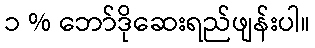
၁ % ဘော်ဒိုဆေးရည်ဖျန်းပါ။